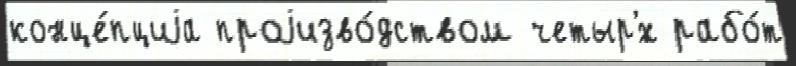
конце́пциjа проjизво́дством четыр'́х рабо́т